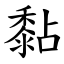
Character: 黏